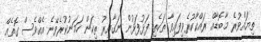
ތިޔައްވުރެ މާބޮޑާއް ރައްކާކުރެވިފައިވާ ތަކެތި ފަޅުފަޅުން ނަގާއިރު ތިކަން ހަމަނުކުރެވޭނެ އެއްވެސް ގޮތެއް